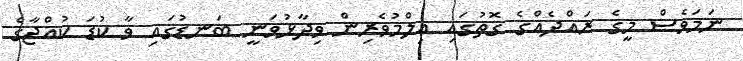
ނަމަވެސް މީގެ ރައްދެއްގެ ގޮތުގައި ޢިލްމުވެރިން ވިދާޅުވަނީ ބަނޑުގައި ވާ ކުޑަ ކުއްޖާގެ